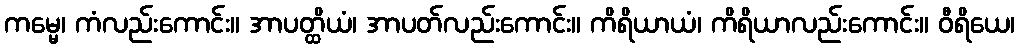
ကမ္မေ၊ ကံလည်းကောင်း။ အာပတ္ထိယံ၊ အာပတ်လည်းကောင်း။ ကိရိယာယံ၊ ကိရိယာလည်းကောင်း။ ဝီရိယေ၊